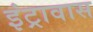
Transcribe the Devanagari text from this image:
इंट्रावास